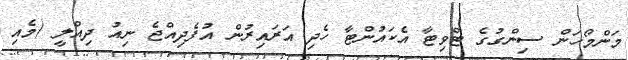
މަންމޯހަން ސިންގުގެ ޓްވިޓާ އެކައުންޓާ ހެދި އަރައިރުން އުފެދިއްޖެ ނިއު ދިއްލީ (މެއި